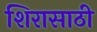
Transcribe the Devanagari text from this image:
शिरासाठी